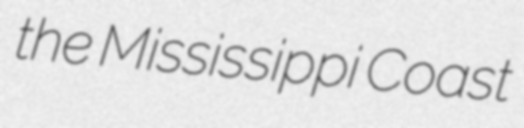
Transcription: the Mississippi Coast